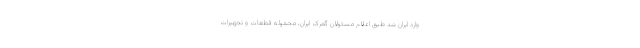
وارد ایران شد طبق اعلام مسئولان گمرک ایران، محموله قطعات و تجهیزات